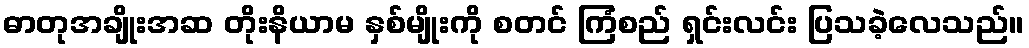
ဓာတုအချိုးအဆ တိုးနိယာမ နှစ်မျိုးကို စတင် ကြံစည် ရှင်းလင်း ပြသခဲ့လေသည်။